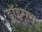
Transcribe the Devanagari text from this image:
ड्रॉइंगस